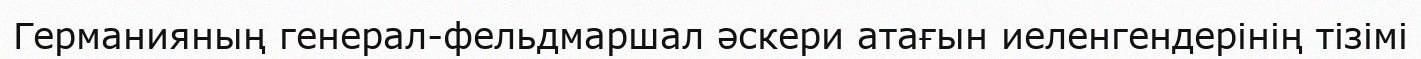
Германияның генерал-фельдмаршал әскери атағын иеленгендерінің тізімі